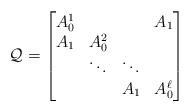
LaTeX: \begin{align*}\mathcal{Q}=\begin{bmatrix} A_0^1 & & & A_1 \\ A_1 & A_0^2 & & \\ & \ddots & \ddots & \\ & & A_1 & A_0^{\ell}\end{bmatrix}\end{align*}